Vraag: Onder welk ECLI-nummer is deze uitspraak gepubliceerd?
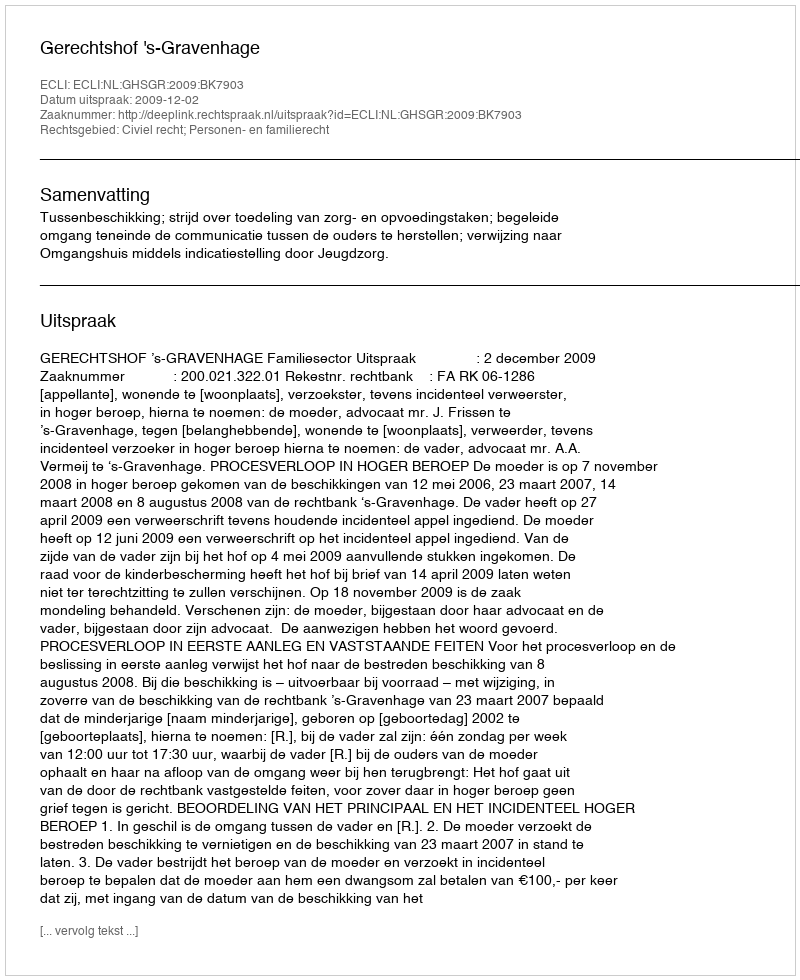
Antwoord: ECLI:NL:GHSGR:2009:BK7903